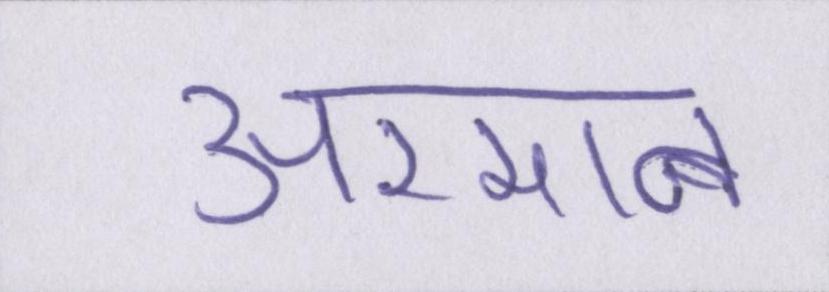
अरमान